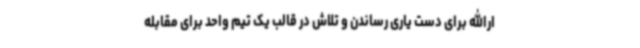
ارالله برای دست یاری رساندن و تلاش در قالب یک تیم واحد برای مقابله